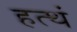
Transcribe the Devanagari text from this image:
हत्थं